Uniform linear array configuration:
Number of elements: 32
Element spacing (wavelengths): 0.5
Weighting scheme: exponential
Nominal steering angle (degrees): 45
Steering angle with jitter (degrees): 44.295
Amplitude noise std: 0.05
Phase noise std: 0.05

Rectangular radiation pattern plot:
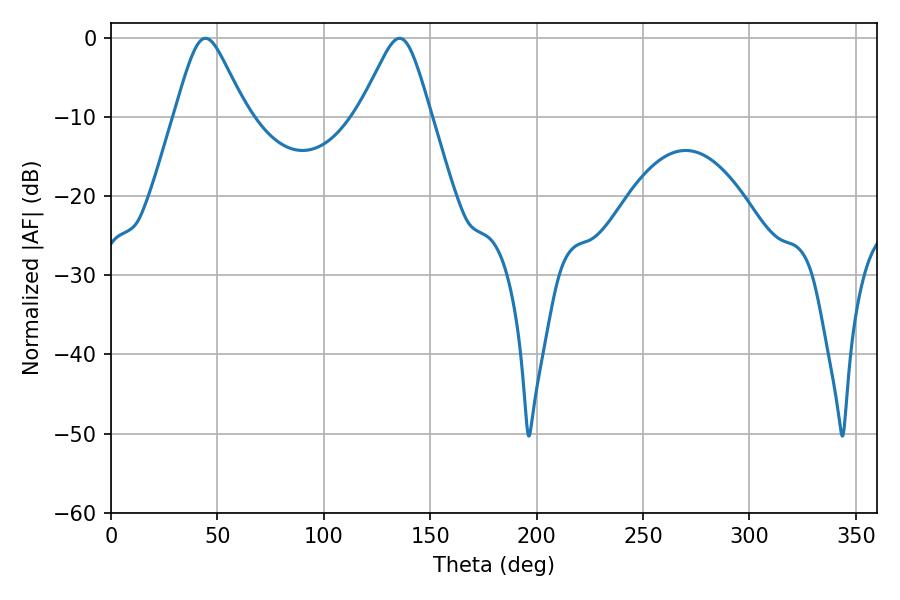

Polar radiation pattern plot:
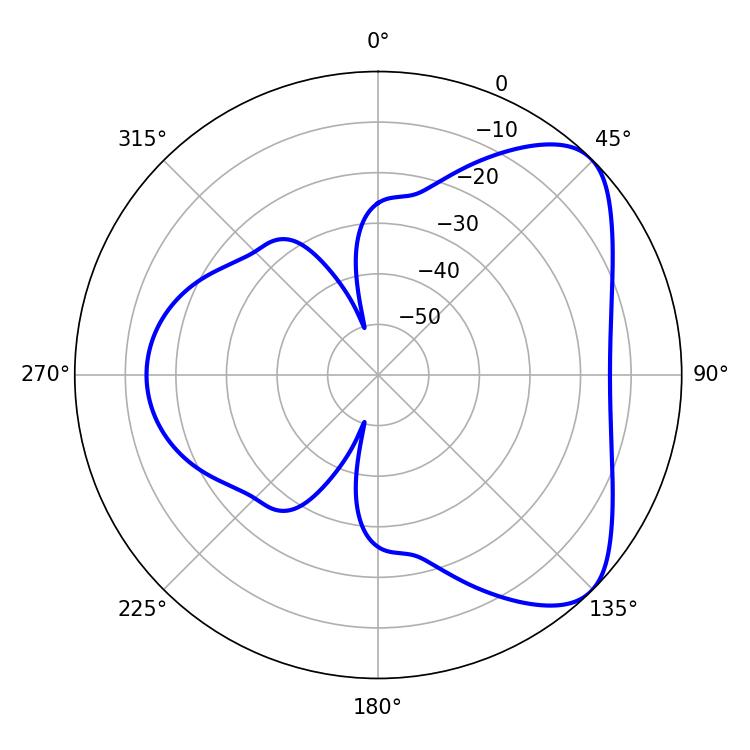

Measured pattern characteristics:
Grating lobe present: FALSE
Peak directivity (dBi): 6.154
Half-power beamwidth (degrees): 16.2
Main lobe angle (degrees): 44.46